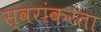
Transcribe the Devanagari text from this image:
स्वरांकरता